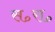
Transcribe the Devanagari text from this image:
स॰रा॰